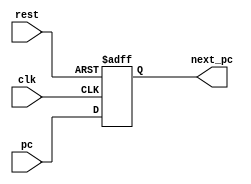
`timescale 1ns / 1ps
/**********************/
module flopr(input clk,
            input rest,
           	input [31:0] pc,
           	output [31: 0] next_pc);

reg [31:0] pc_n;
initial begin pc_n <= 0; end
always @(posedge clk or posedge rest)
begin  //reset is triggered when volt is high
      if(rest) 
         pc_n <= 0;
      else 
         pc_n <= pc;
end

assign next_pc = pc_n ;

endmodule


/******************************************************************/

module pcplus4(input [31:0] pc,
	           output [31:0]pc_n);
assign pc_n = pc + 4;
endmodule


/******************************************************************/
//read rs from register file
//regfile
`timescale 1ns / 1ps
module regfile(
	input clk, wen, rst,
	input [4:0] ra1, ra2,
	input [4:0] wadd,
	input [31:0] wdata,
  input [4:0] sl,
	output [31:0] rd1, rd2,
  output [31:0] data_s);

reg [31:0] rf [31:0];  //32 32-bit registerfile
integer i;

initial
  begin
  for(i = 0; i < 32; i = i + 1)
  rf[i] = 32'b0;
  end
  
always @(posedge clk or posedge rst) 
begin
    if(rst)
    begin
       for(i = 0; i < 32; i = i + 1)
       begin
       	rf[i] = 32'b0;
       	end
    end
    //if rest, all the register will be cleared
	else if (wen && (wadd != 0))
	     rf[wadd] = wdata;
	else
	    rf[wadd] = rf[wadd];
end
     //register 0 cannot be changed
assign rd1 = (ra1 != 0) ? rf[ra1] : 0;
assign rd2 = (ra2 != 0) ? rf[ra2] : 0;
assign data_s = (sl != 0) ? rf[sl] : 0;

/*always@(*)
begin
case(ra1)
   5'b0:rd1 = 32'b0;
   default:rd1 = rf[ra1];
   endcase
case(ra2)
    5'b0:rd2 = 32'b0;
    default:rd2 = rf[ra2];
    endcase
end*/

endmodule


/******************************************************************/
module signext(input [15:0] a,
             input s,
	           output [31:0] y);


assign y = (s == 1) ? {{16{a[15]}},a} : {16'b0, a};

endmodule

/******************************************************************/
module extender(input [4:0] shamt,
                output [31:0] s);
assign s = {27'b0, shamt} ;

endmodule

/******************************************************************/

module PCBranch(input [31:0] a,
	            input [31:0]pc_4,
	            output [31:0] pc_b);
assign pc_b = pc_4 + {a[29:0],2'b00};

endmodule


/*****************************************************************/

module ALU(input [31:0] A,
	       input [31:0] B,
	       input [3:0] alucont,
	       output [31:0] result,
	       output zero,
	       output neg);

reg [32:0] temp;
wire signed [31:0] SrcA = A, SrcB = B;

parameter ADDU = 4'b0000,
          SUBU = 4'b0001,
          ADD  = 4'b0010,
          SUB  = 4'b0011,
          OR   = 4'b0100,
          AND  = 4'b0101,
          XOR  = 4'b0110,
          NOR  = 4'b0111,
          SLTU = 4'b1000,
          SLT  = 4'b1001,
          SLL  = 4'b1010,
          SRL  = 4'b1011,
          SRA  = 4'b1100,
          LUI  = 4'b1101;

always @(*)
case(alucont)
    ADDU: temp = A + B; // addu
    SUBU: temp = A - B; // subu
    ADD : temp = SrcA + SrcB;  // r = a + b (signed) add
    SUB : temp = SrcA - SrcB;  // r = a - b (signed) sub
    AND : temp = A & B;  // r = a & b and
    OR  : temp = A | B;  // r = a | b or
    XOR : temp = A ^ B;  // r = a ^ b xor
    NOR : temp = ~(A | B); // r = ~(a | b) nor
    SLT : temp = (SrcA < SrcB) ? 1 : 0; // slt
    SLTU: temp = (A < B) ? 1 : 0;
    SLL : temp = B << A; //sll
    SRL : begin
            if(A == 0)
            {temp[31:0], temp[32]} = {B, 1'b0};
            else 
            {temp[31:0],temp[32]} = B >> (A - 1); // srl
          end
    SRA : begin
    	      if(A == 0)
    	      {temp[31:0], temp[32]} = {B, 1'b0};
    	      else {temp[31:0], temp[32]} = SrcB >>> (A - 1); // sra
    	    end
    LUI : begin
          {temp[31:0], temp[32]} = {B[15:0], 17'b0};
          end
    default:temp = A + B;

endcase
assign  result = temp[31:0] ;
assign  zero = (result == 32'b0) ? 1 : 0;
assign  neg = result[31];

endmodule

/*******************************************************/
module mux2_32(input [31:0] a, b,
	           input s,
	           output [31:0] r);
assign r = s? b: a;
endmodule
/*******************************************************/

module mux2_5(input [4:0] a, b,
	        input s,
	        output [4:0] r);
assign r = s? b : a;
endmodule

/*******************************************************/

module jumpadd(input [25:0] a,
	           input [3:0] p,
	           output [31:0] ja);
assign ja = {p, a, 2'b00} ;
endmodule